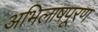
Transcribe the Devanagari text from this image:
अभिलाषपूरण